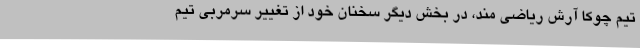
تیم چوکا آرش ریاضی مند، در بخش دیگر سخنان خود از تغییر سرمربی تیم